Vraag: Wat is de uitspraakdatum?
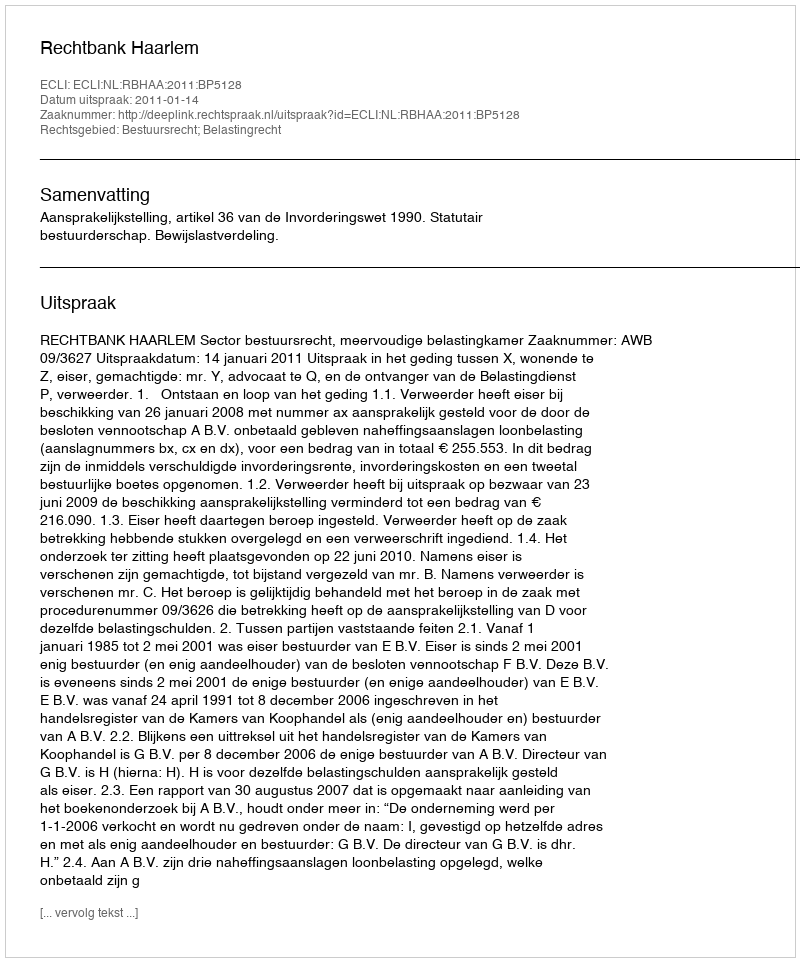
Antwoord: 2011-01-14